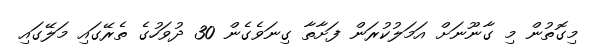
މިގޮތުން މި ގާނޫނަށް އަމަލުކުރަން ފަށާތާ ގިނަވެގެން 30 ދުވަހުގެ ތެރޭގައި މަލޭގައި